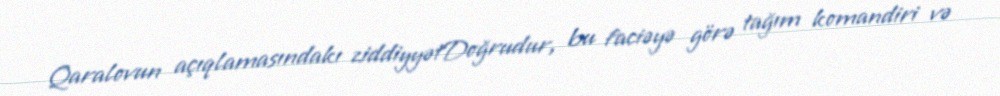
Qaralovun açıqlamasındakı ziddiyyətDoğrudur, bu faciəyə görə tağım komandiri və